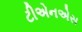
ટીએનએસ